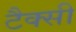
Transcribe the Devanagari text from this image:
टैक्सी